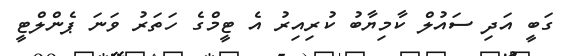
ގަބީ އަދި ސައުލް ކާމިޔާބު ކުރިއިރު އެ ޓީމްގެ ހަތަރު ވަނަ ޕެންލްޓީ